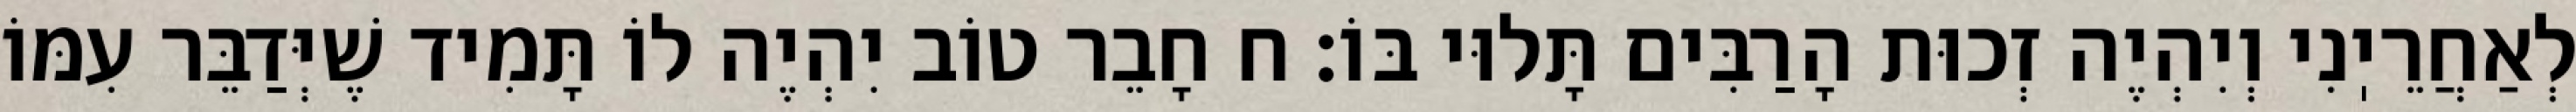
לְאַחֲרֵיֽנִי וְיִהְיֶה זְכוּת הָרַבִּים תָּלוּי בּוֹ: ח חָבֵר טוֹב יִהְיֶה לוֹ תָּמִיד שֶׁיְּדַבֵּר עִמּוֹ